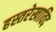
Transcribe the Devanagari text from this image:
हस्तरेखाविद